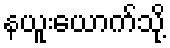
နယူးယောက်သို့